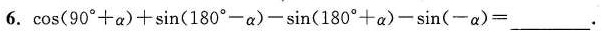
6.\cos(90^{\circ}+ \alpha)+ \sin(180^{\circ}- \alpha)- \sin(180^{\circ}+ \alpha)- \sin(- \alpha)= ___.